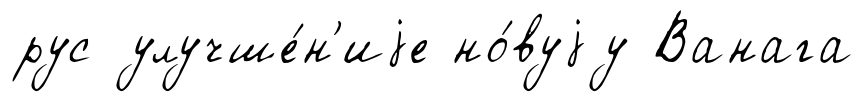
рус улучше́н'иjе но́вуjу Ванага